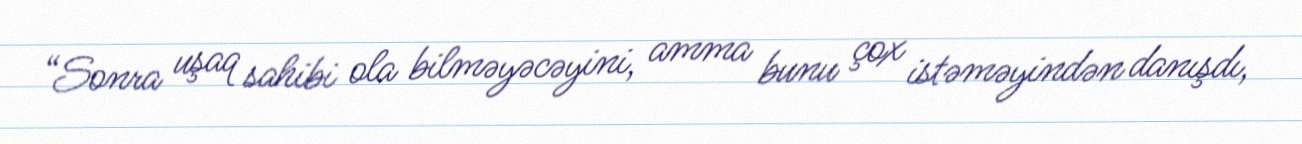
“Sonra uşaq sahibi ola bilməyəcəyini, amma bunu çox istəməyindən danışdı,